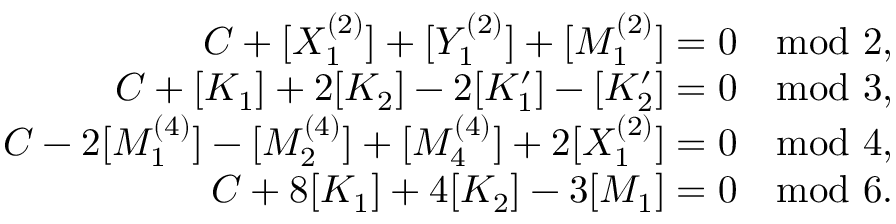
\begin{array} { r } { C + [ X _ { 1 } ^ { ( 2 ) } ] + [ Y _ { 1 } ^ { ( 2 ) } ] + [ M _ { 1 } ^ { ( 2 ) } ] = 0 \quad \mathrm { m o d ~ 2 } , } \\ { C + [ K _ { 1 } ] + 2 [ K _ { 2 } ] - 2 [ K _ { 1 } ^ { \prime } ] - [ K _ { 2 } ^ { \prime } ] = 0 \quad \mathrm { m o d ~ 3 } , } \\ { C - 2 [ M _ { 1 } ^ { ( 4 ) } ] - [ M _ { 2 } ^ { ( 4 ) } ] + [ M _ { 4 } ^ { ( 4 ) } ] + 2 [ X _ { 1 } ^ { ( 2 ) } ] = 0 \quad \mathrm { m o d ~ 4 } , } \\ { C + 8 [ K _ { 1 } ] + 4 [ K _ { 2 } ] - 3 [ M _ { 1 } ] = 0 \quad \mathrm { m o d ~ 6 } . } \end{array}